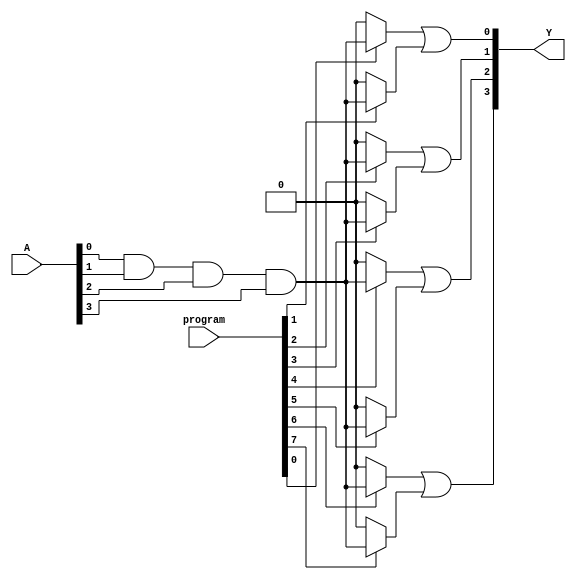
module jewel_pal (
    input wire [n-1:0] A,      // Inputs A1, A2, ..., An
    input wire [p-1:0] program, // Programming signals for AND array
    output wire [m-1:0] Y       // Outputs Y1, Y2, ..., Ym
);

// Parameters
parameter n = 4; // Number of inputs
parameter p = 8; // Number of product terms
parameter m = 4; // Number of outputs

// Internal signals for AND gates
wire [p-1:0] and_out; // Outputs of the AND gates

// Programmable AND array
generate
    genvar i, j;
    for (i = 0; i < p; i = i + 1) begin : and_gates
        // Each AND gate can connect any combination of inputs A, with inversion based on programming
        assign and_out[i] = (program[i] == 1'b1) ? 
                            (A[0] & A[1] & A[2] & A[3]) :  // Example: AND all inputs
                            1'b0; // If not programmed, output 0
    end
endgenerate

// Fixed OR array
assign Y[0] = and_out[0] | and_out[1]; // Example: Output Y1 is OR of product terms 0 and 1
assign Y[1] = and_out[2] | and_out[3]; // Example: Output Y2 is OR of product terms 2 and 3
assign Y[2] = and_out[4] | and_out[5]; // Example: Output Y3 is OR of product terms 4 and 5
assign Y[3] = and_out[6] | and_out[7]; // Example: Output Y4 is OR of product terms 6 and 7

endmodule